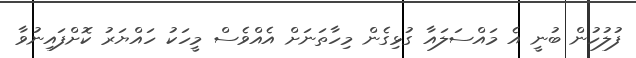
ފުލުހުން ބުނީ އެ މައްސަލައާ ގުޅިގެން މިހާތަނަށް އެއްވެސް މީހަކު ހައްޔަރު ކޮށްފައިނުވާ